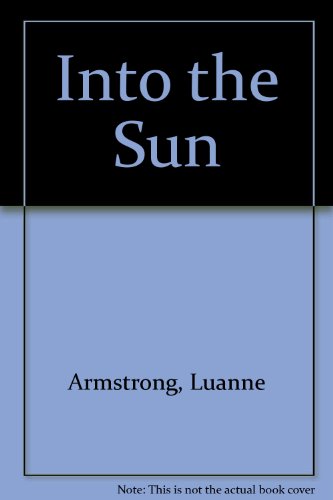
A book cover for Into the Sun; Luanne Armstrong; Teen & Young Adult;